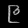
Digit: ၉